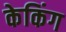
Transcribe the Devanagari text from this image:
केकिंग